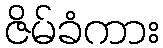
ဇိမ်ခံကား